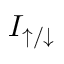
I _ { \uparrow / \downarrow }